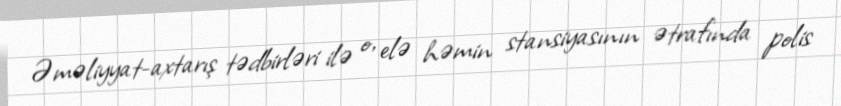
Əməliyyat-axtarış tədbirləri ilə o, elə həmin stansiyasının ətrafında polis